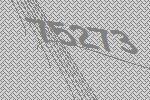
75273